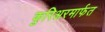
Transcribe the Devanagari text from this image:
कुरिअरमार्फत